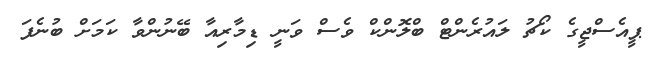
ޕީއެސްޖީގެ ކޯޗު ލައުރެންޓް ބްލޮންކް ވެސް ވަނީ ޑިމާރިއާ ބޭނުންވާ ކަމަށް ބުނެފަ